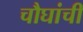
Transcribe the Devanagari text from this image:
चौघांची